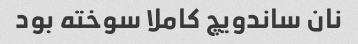
نان ساندویچ کاملا سوخته بود